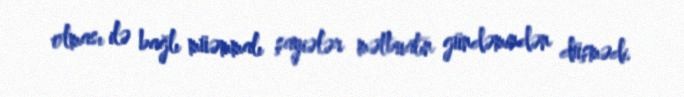
olması ilə bağlı müəmmalı şayiələr mətbuatın gündəmindən düşmədi.